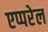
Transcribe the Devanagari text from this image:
एप्परेल